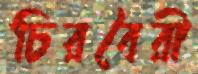
চিরবৈরী